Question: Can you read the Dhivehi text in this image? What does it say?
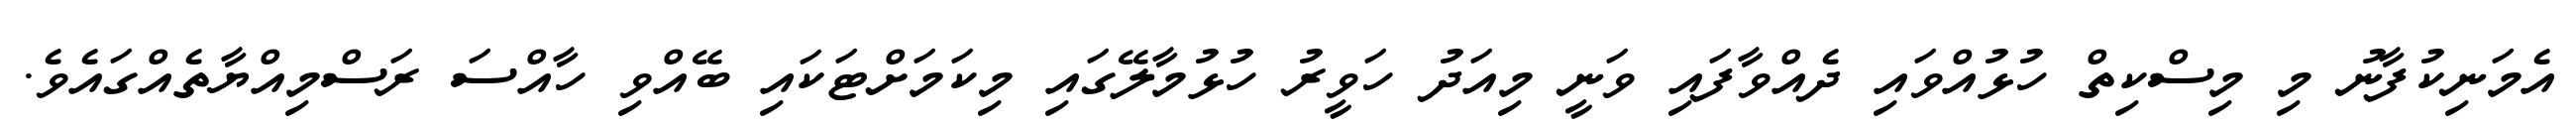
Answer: އެމަނިކުފާނު މި މިސްކިތް ހުޅުއްވައި ދެއްވާފައި ވަނީ މިއަދު ހަވީރު ހުޅުމާލޭގައި މިކަމަށްޓަކައި ބޭއްވި ހާއްސަ ރަސްމިއްޔާތެއްގައެވެ.